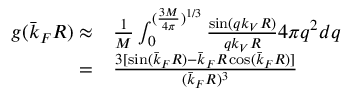
\begin{array} { r l } { g ( \bar { k } _ { F } R ) \approx } & { { } \frac { 1 } { M } \int _ { 0 } ^ { ( \frac { 3 M } { 4 \pi } ) ^ { 1 / 3 } } \frac { \sin ( q k _ { V } R ) } { q k _ { V } R } 4 \pi q ^ { 2 } d q } \\ { = } & { { } \frac { 3 [ \sin ( \bar { k } _ { F } R ) - \bar { k } _ { F } R \cos ( \bar { k } _ { F } R ) ] } { ( \bar { k } _ { F } R ) ^ { 3 } } } \end{array}